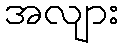
အလျား